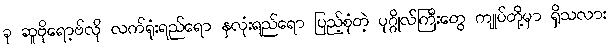
ခု ဆူဗိုရော့ဗ်လို လက်ရုံးရည်ရော နှလုံးရည်ရော ပြည့်စုံတဲ့ ပုဂ္ဂိုလ်ကြီးတွေ ကျုပ်တို့မှာ ရှိသလား